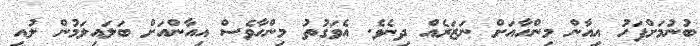
ބުނުމަށްފަހު އިއާން މިންހާއަށް ނަޒަރެއް ދިނެވެ. އެވަގުތު މިންހާވެސް އިއާންއަށް ބަލައިލަމުން ލުއި